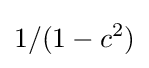
1/(1-c^{2})